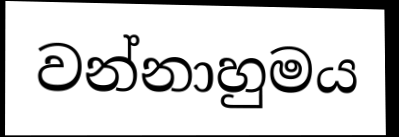
වන්නාහුමය